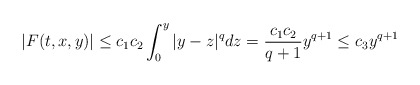
\begin{align*} |F(t,x,y)|\leq c_1c_2\int_{0}^{y}|y-z|^qdz=\frac{c_1c_2}{q+1} y^{q+1} \le c_3y^{q+1} \end{align*}